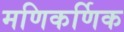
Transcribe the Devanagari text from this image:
मणिकर्णिक